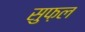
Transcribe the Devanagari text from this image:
सुफ़ल